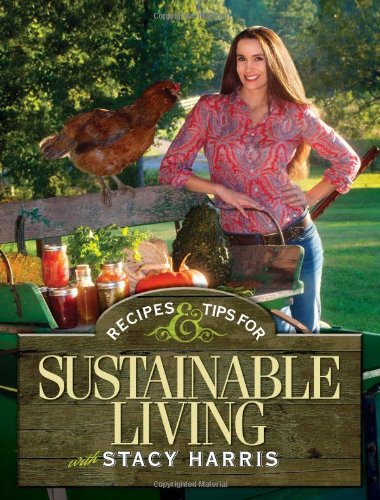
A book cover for Recipes and Tips for Sustainable Living; Stacy Harris; Cookbooks, Food & Wine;